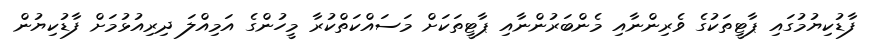
ފާޑުކިޔުމުގައި ޕާޓީތަކުގެ ވެރިންނާއި މެންބަރުންނާއި ޕާޓީތަކަށް މަސައްކަތްކުރާ މީހުންގެ އަމިއްލަ ދިރިއުޅުމަށް ފާޑުކިޔުން